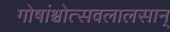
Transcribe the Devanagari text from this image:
गोषांश्चोत्सवलालसान्‌